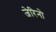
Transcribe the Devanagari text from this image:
जेरिनो